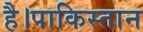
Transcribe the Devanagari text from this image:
है।पाकिस्तान